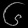
Digit: ၆